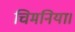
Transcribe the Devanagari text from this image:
चिमनिया।